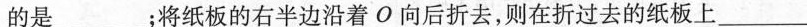
的是___；将纸板的右半边沿着O向后折去，则在折过去的纸板上___